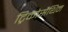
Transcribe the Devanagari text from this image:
ट्रिकोसैंथिन